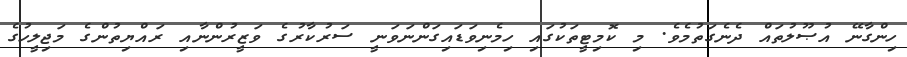
ހިންގާނޭ އުޞޫލުތައް ދެނެގަތުމެވެ. މި ކޮމިޓީތަކުގައި ހިމެނިވަޑައިގަންނަވަނީ ސަރުކާރުގެ ވަޒީރުންނާއި ރައްޔިތުންގެ މަޖިލީހުގެ